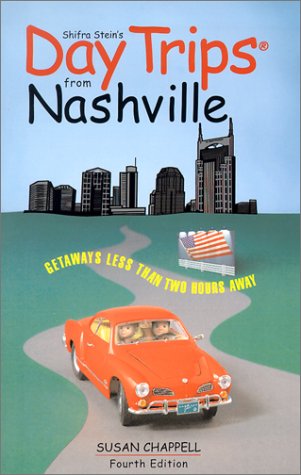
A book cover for Day Trips from Nashville, 4th: Getaways Less than Two Hours Away (Day Trips Series); Susan Chappell; Travel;